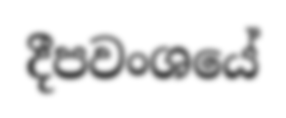
දීපවංශයේ